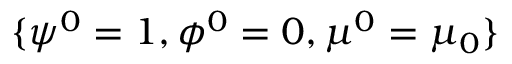
\{ \psi ^ { 0 } = 1 , \phi ^ { 0 } = 0 , \mu ^ { 0 } = \mu _ { 0 } \}